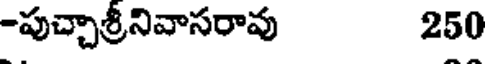
-పుచ్చాశ్రీనివాసరావు 250